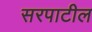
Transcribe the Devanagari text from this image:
सरपाटील